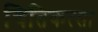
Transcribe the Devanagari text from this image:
चितिकत्सा